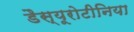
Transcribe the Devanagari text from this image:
डैस्यूरोटीनिया